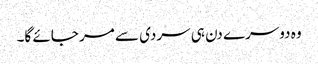
وہ دوسرے دن ہی سردی سے مر جائے گا۔